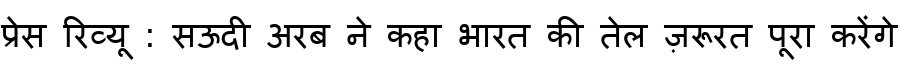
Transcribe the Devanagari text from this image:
प्रेस रिव्यू : सऊदी अरब ने कहा भारत की तेल ज़रूरत पूरा करेंगे